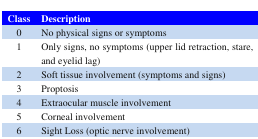
<table><thead><tr><td><b>Class</b></td><td><b>Description</b></td></tr></thead><tbody><tr><td>0</td><td>No physical signs or symptoms</td></tr><tr><td>1</td><td>Only signs, no symptoms (upper lid retraction, stare, and eyelid lag)</td></tr><tr><td>2</td><td>Soft tissue involvement (symptoms and signs)</td></tr><tr><td>3</td><td>Proptosis</td></tr><tr><td>4</td><td>Extraocular muscle involvement</td></tr><tr><td>5</td><td>Corneal involvement</td></tr><tr><td>6</td><td>Sight Loss (optic nerve involvement)</td></tr></tbody></table>